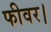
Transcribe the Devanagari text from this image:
फीवर।